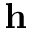
\mathbf { h }